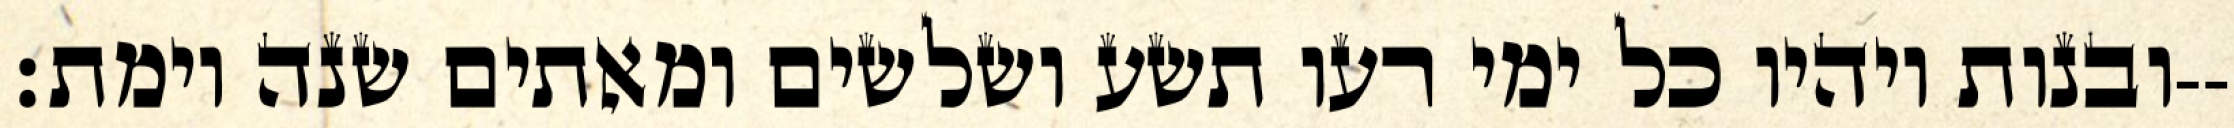
ובנות ויהיו כל ימי רעו תשע ושלשים ומאתים שנה וימת׃--